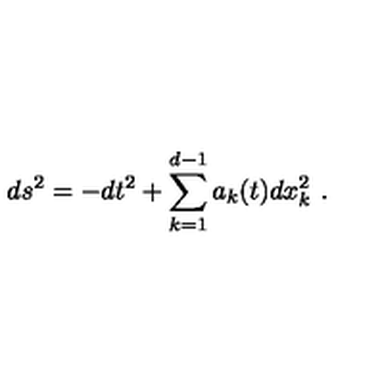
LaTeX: d s ^ { 2 } = - d t ^ { 2 } + \sum _ { k = 1 } ^ { d - 1 } a _ { k } ( t ) d x _ { k } ^ { 2 } \ .